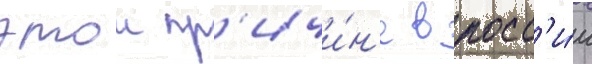
этои пр'ичи́н'е в росс'и́и